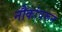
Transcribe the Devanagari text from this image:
नौकांवरून